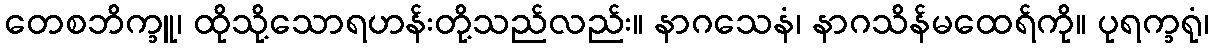
တေစဘိက္ခူ၊ ထိုသို့သောရဟန်းတို့သည်လည်း။ နာဂသေနံ၊ နာဂသိန်မထေရ်ကို။ ပုရက္ခရုံ၊